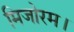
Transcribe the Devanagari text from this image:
मिजोरम।